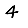
Digit: 4